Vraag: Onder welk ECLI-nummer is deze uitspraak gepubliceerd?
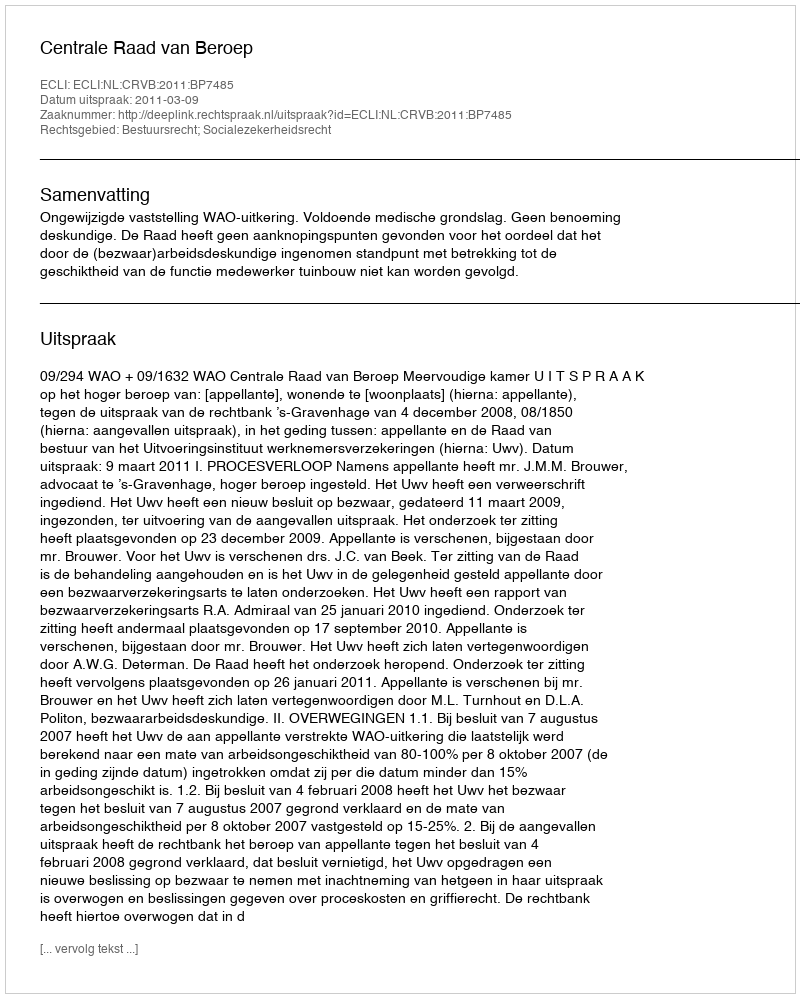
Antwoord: ECLI:NL:CRVB:2011:BP7485